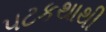
પટકથાથી